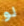
لو